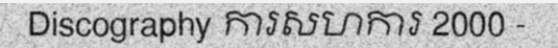
Discography ការសហការ 2000 -